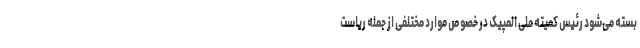
بسته می‌شود رئیس کمیته ملی المپیک در خصوص موارد مختلفی از جمله ریاست